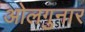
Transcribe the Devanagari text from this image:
ओलगुनार